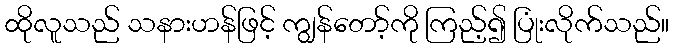
ထိုလူသည် သနားဟန်ဖြင့် ကျွန်တော့်ကို ကြည့်၍ ပြုံးလိုက်သည်။